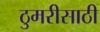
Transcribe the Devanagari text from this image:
ठुमरीसाठी